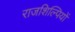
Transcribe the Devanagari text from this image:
राजशिल्पियों